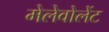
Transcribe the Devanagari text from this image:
मेलेवोलेंट